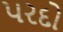
પરદો